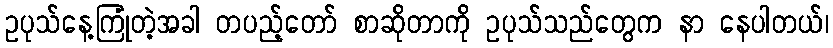
ဥပုသ်နေ့ကြုံတဲ့အခါ တပည့်တော် စာဆိုတာကို ဥပုသ်သည်တွေက နာ နေပါတယ်၊